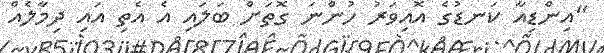
"އިންޑިއާ ކަނޑުގެ އޮއިވަރު ހުންނަ ގޮތަށް ބަލައި އެ އެތި އައި ދިމާލެއް